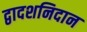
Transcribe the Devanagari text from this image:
द्वादशनिदान